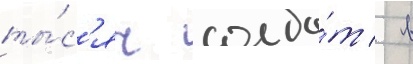
ты́с'яч солда́т / в